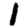
Digit: 1